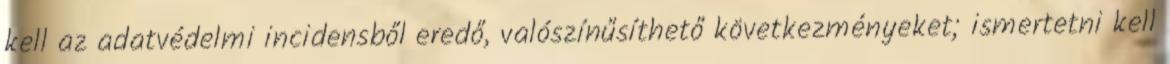
kell az adatvédelmi incidensből eredő, valószínűsíthető következményeket; ismertetni kell